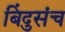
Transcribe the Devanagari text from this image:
बिंदुसंच